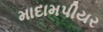
માદામપીયર